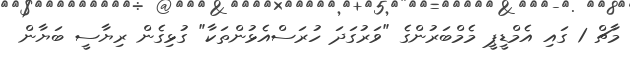
މާޗް 1 ގައި އެމްޑީޕީ މެމްބަރުންގެ "ވަރުގަދަ ހުރަސްއެޅުންތަކާ" ގުޅިގެން ރިޔާސީ ބަޔާން